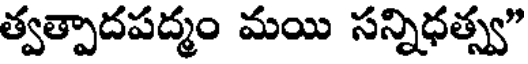
త్వత్పాదపద్మం మయి సన్నిధత్స్వ"